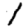
Digit: 1